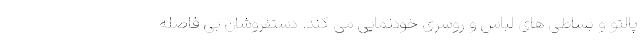
پالتو و بساطی های لباس و روسری خودنمایی می کند. دستفروشان بی فاصله